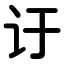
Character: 𬣙